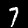
Digit: 7